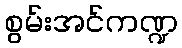
စွမ်းအင်ကဏ္ဍ